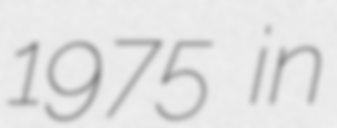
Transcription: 1975 in